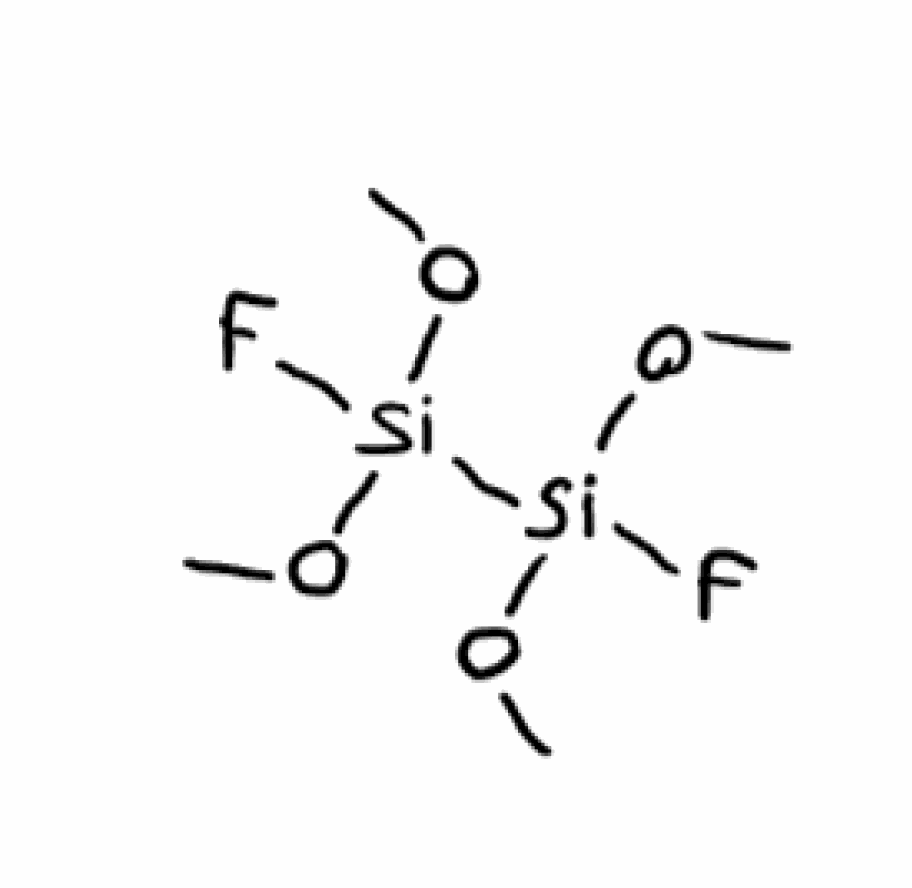
Simplified molecular-input line-entry system (SMILES) notation of the given molecule:
CO[Si](OC)(F)[Si](OC)(OC)F